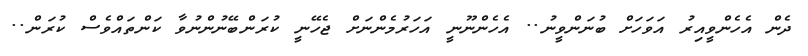
ދެން އެހެންވީއިރު އަވަހަށް ބުނަންވީނު.. އެހެންނޫނީ އަހަރުމެންނަށް ޖެހޭނީ ކުރަންބޭނުންނުވާ ކަންތައްވެސް ކުރަން..